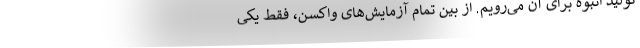
تولید انبوه برای آن می‌رویم. از بین تمام آزمایش‌های واکسن، فقط یکی